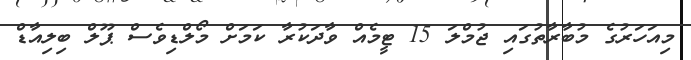
މިއަހަރުގެ މުބާރާތުގައި ޖުމްލަ 15 ޓީމެއް ވާދަކުރާ ކަމަށް މޯލްޑިވެސް ޕޫލް ބިލިއާޑް